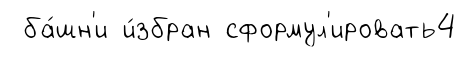
ба́шн'и и́збран сформул'ировать4